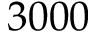
3 0 0 0